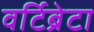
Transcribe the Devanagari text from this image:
वर्टिब्रेटा